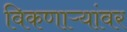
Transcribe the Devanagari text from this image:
विकणाऱ्यांवर